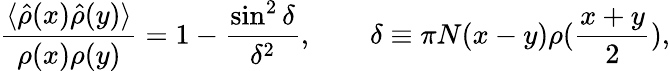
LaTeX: {\frac{\langle\hat{\rho}(x)\hat{\rho}(y)\rangle}{\rho(x)\rho(y)}}=1-{\frac{\sin^{2}\delta}{\delta^{2}}},\quad\quad\delta\equiv\pi N(x-y)\rho({\frac{x+y}{2}}),